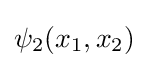
\psi _{2}(x_{1},x_{2})